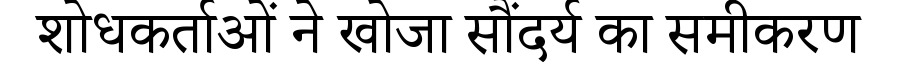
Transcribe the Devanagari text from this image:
शोधकर्ताओं ने खोजा सौंदर्य का समीकरण